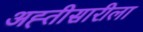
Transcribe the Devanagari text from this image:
अह्तीसारीला